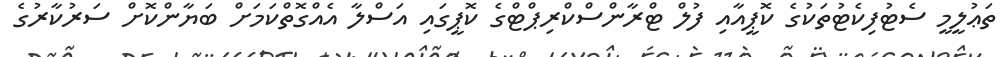
ތަޢުލީމީ ސެޓުފިކެޓުތަކުގެ ކޮޕީއާއި ފުލް ޓްރާންސްކްރިޕްޓްގެ ކޮޕީގައި އަސްލާ އެއްގޮތްކަމަށް ބަޔާންކޮށް ސަރުކާރުގެ